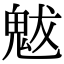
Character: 魃